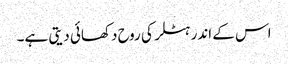
اس کے اندر ہٹلر کی روح دکھائی دیتی ہے۔